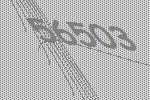
56503